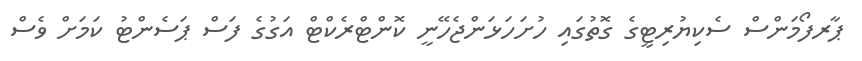
ޕާރފޯމަންސް ސެކިޔުރިޓީގެ ގޮތުގައި ހުށަހަޅަންޖެހޭނީ ކޮންޓްރެކްޓް އަގުގެ ފަސް ޕަސެންޓު ކަމަށް ވެސް